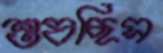
শুষছিস